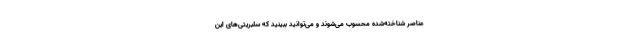
عناصر شناخته‌شده محسوب می‌شوند و می‌توانید ببینید که سلبریتی‌های این